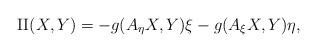
LaTeX: \begin{align*}\mathrm{II}(X,Y)=-g(A_{\eta}X,Y)\xi-g(A_{\xi}X,Y)\eta,\end{align*}